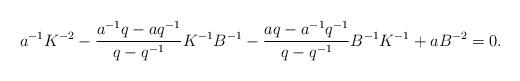
LaTeX: \begin{align*}& a^{-1}K^{-2} - \frac{a^{-1} q - a q^{-1}}{q-q^{-1}} K^{-1} B^{-1} - \frac{a q - a^{-1} q^{-1}}{q-q^{-1}} B^{-1}K^{-1} + a B^{-2} = 0.\end{align*}